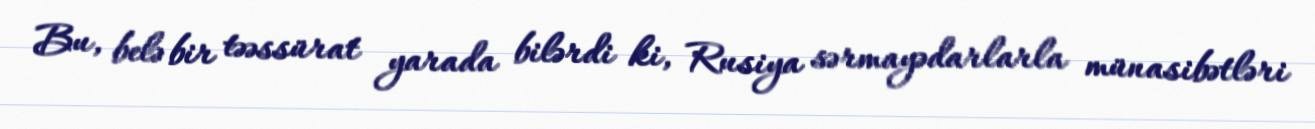
Bu, belə bir təəssürat yarada bilərdi ki, Rusiya sərmayədarlarla münasibətləri